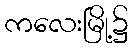
ကလေးမြို့၌